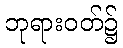
ဘုရားဝတ်၌